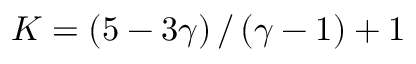
K = \left( 5 - 3 \gamma \right) / \left( \gamma - 1 \right) + 1